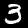
Digit: 3